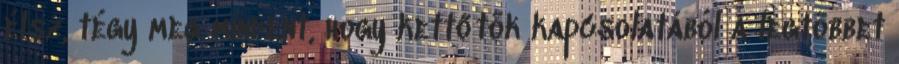
élsz, tégy meg mindent, hogy kettőtök kapcsolatából a legtöbbet